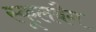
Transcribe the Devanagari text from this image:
स्कूलबैग